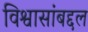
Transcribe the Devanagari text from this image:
विश्वासांबद्दल